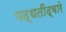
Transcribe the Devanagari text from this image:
पद्धतींद्वारे